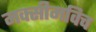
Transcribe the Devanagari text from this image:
मक्सीमविच